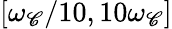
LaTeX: [\omega_{\mathscr{C}}/10,10\omega_{\mathscr{C}}]